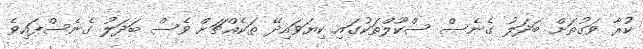
ކުރާ ވަގުތަށް ބަދަލު ގެނެސް ސްކޫލްތަކުގައި ކިޔަވައިދޭ ތަކެއްޗަށް ވެސް ބަދަލު ގެނެސްފައިވެ